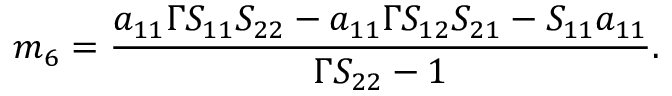
m _ { 6 } = \frac { a _ { 1 1 } \Gamma S _ { 1 1 } S _ { 2 2 } - a _ { 1 1 } \Gamma S _ { 1 2 } S _ { 2 1 } - S _ { 1 1 } a _ { 1 1 } } { \Gamma S _ { 2 2 } - 1 } .